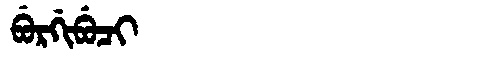
Manchu: ᠪᡠᡵᡤᡳᠪᡠᠴᡳ
Romanization: BURGIBUCI